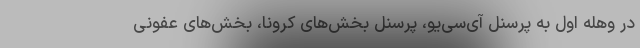
در وهله اول به پرسنل آی‌سی‌یو، پرسنل بخش‌های کرونا، بخش‌های عفونی